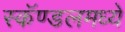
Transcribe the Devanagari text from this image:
स्कॅण्डलमध्ये